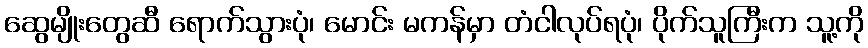
ဆွေမျိုးတွေဆီ ရောက်သွားပုံ၊ မောင်း မကန်မှာ တံငါလုပ်ရပုံ၊ ပိုက်သူကြီးက သူ့ကို